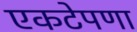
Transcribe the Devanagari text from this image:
एकटेपणा